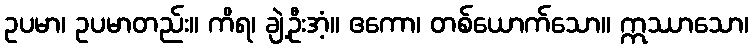
ဥပမာ၊ ဥပမာတည်း။ ကိရ၊ ချဲ့ဦးအံ့။ ဧကော၊ တစ်ယောက်သော။ ဣဿာသော၊